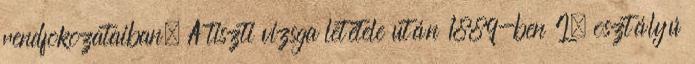
rendfokozataiban. A tiszti vizsga letétele után 1889-ben I. osztályú